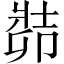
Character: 𠨡